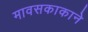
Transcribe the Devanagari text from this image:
मावसकाकाने